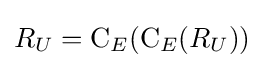
R_{U}=\mathrm {C} _{E}(\mathrm {C} _{E}(R_{U}))